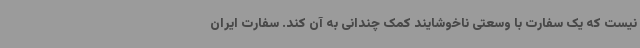
نیست که یک سفارت با وسعتی ناخوشایند کمک چندانی به آن کند. سفارت ایران